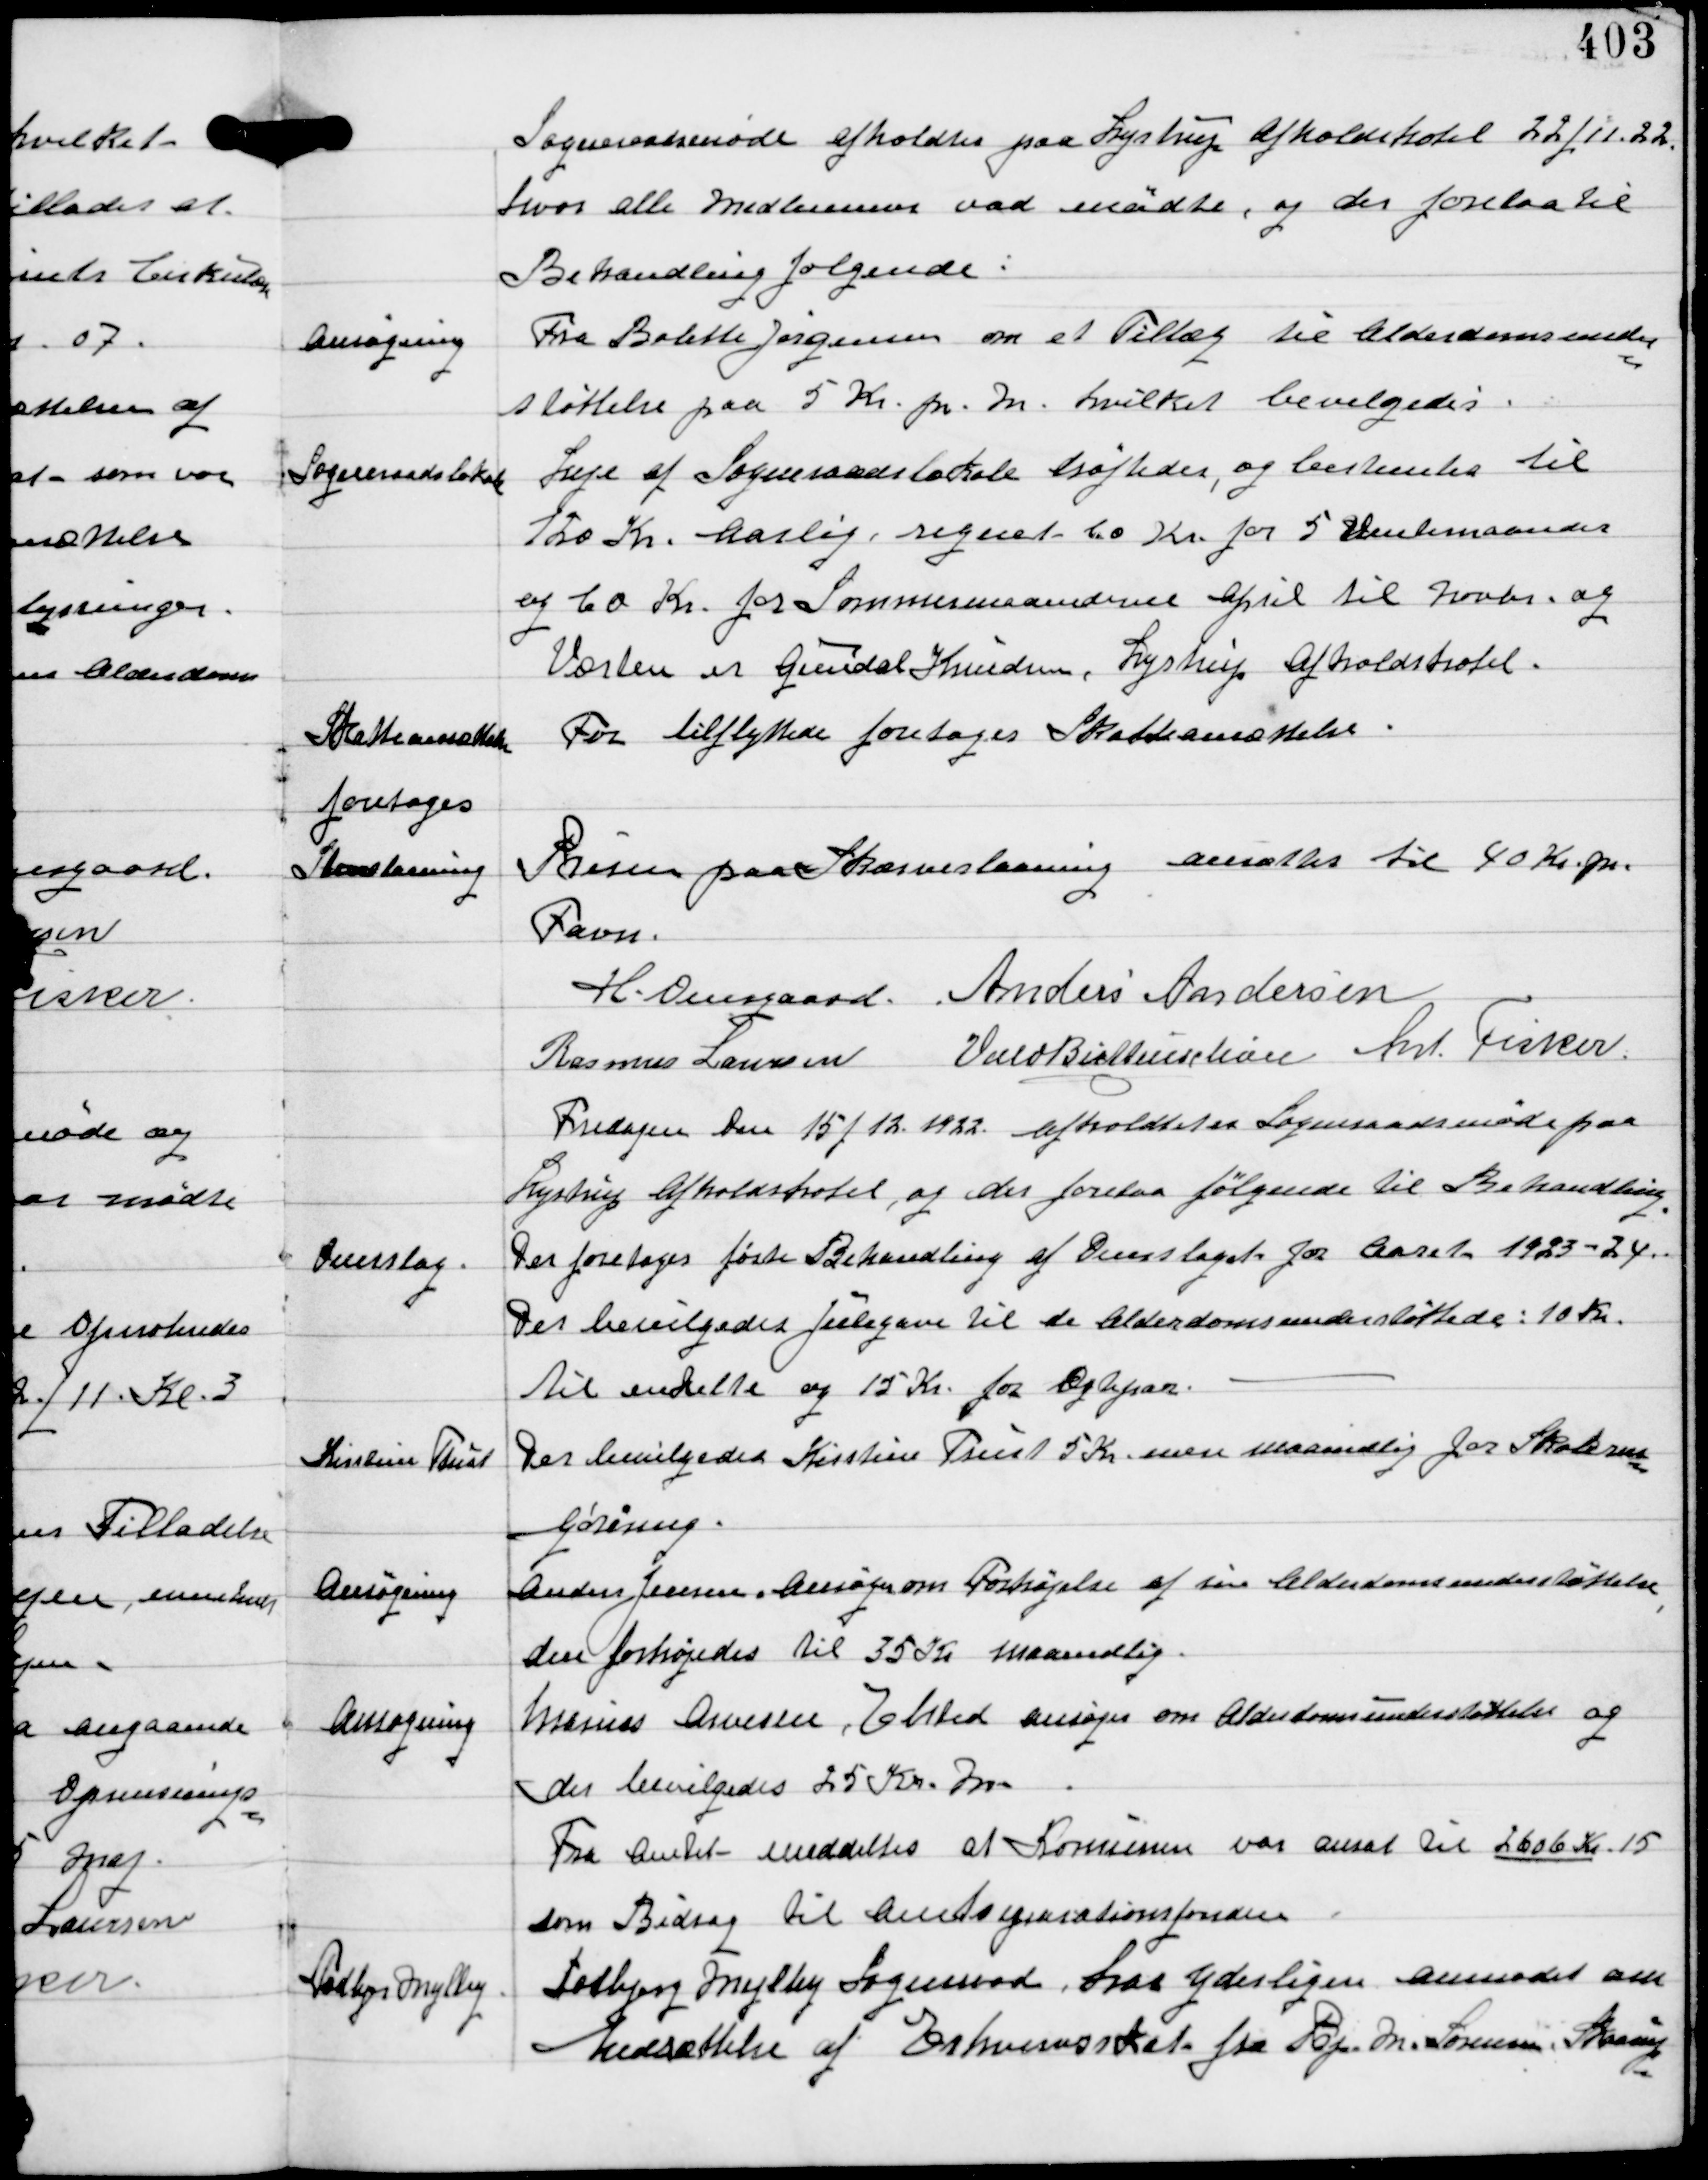
Transskription:
Sogneraadsmøde afholdtes paa Lystrup Afholdshotel 22/11 22,
hvor alle Medlemmer var mødte, og der forelaa til
Behandling følgende:

Ansøgning

Fra Bolette Jørgensen om et Tillæg til Alderdomsunder-
støttelse paa 5 Kr pr. M hvilket bevilgedes.

Sogneraadslokale

Leje af Sogneraadslokale drøftedes, og bestemtes til
120 Kr. Aarligt regnet 60 Kr for 5 Vintemaander
og 60 Kr for Sommermaanederne April til Novbr og
Værten er Grendal Knudsen, Lystrup Afholdshotel.

Skatteansættelse
foretoges

For tilflyttede foretoges Skatteansættelse.

Skærveslaaning

Prisen paa Skærveslaaning ansættes til 40 Kr pr.
Favn.

H. Overgaard Anders Andersen
Rasmus Laursen Vald Buttenschøn Ant Fisker

Fredagen Den 15/12 1922 afholdtes Sogneraadsmøde paa
Lystrup Afholdshotel, og der forelaa følgende til Behandling

Overslag.

Der foretoges første Behandling af Overslaget for Aaret 1923-24
Der bevilgedes Julegave til de Alderdomsunderstøttede: 10 Kr
til de enkelte og 15 Kr for Ægtepar.

Kirstine Trust

Der bevilgedes Kirstine Trust 5 Kr mere maanedlig for Skoleren-
gøring.

Ansøgning

Anders Jensen Ansøger om Forhøjelse af sin Alderdomsunderstøttelse
den forhøjedes til 35 Kr maanedlig

Ansøgning

Marius Arvesen Elsted ansøger om Alderdomsunderstøttelse og
der bevilligedes 25 Kr M
Fra Amtet meddeltes at Komunen var ansat til 2606 Kr 15
som Bidrag til Amtsreparationsfonden

Todbjerg Mejlby

Todbjerg Mejlby Sogneraad har yderligere anmodet om
Nedsættelse af Erhvervsskat fra Prp In. Sørensen, Skaarup-